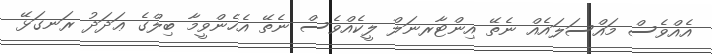
އެއްވެސް މައްސަލައެއް ނެތޭ އިންޓާރނަލް ލީކެއްވެސް ނެތޭ އެހެންވީމާ ބިލްގެ ޢަދަދު ރަނގަޅޭ